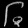
Digit: ၆